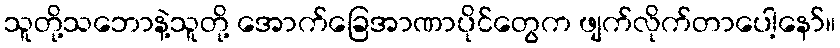
သူတို့သဘောနဲ့သူတို့ အောက်ခြေအာဏာပိုင်တွေက ဖျက်လိုက်တာပေါ့နော်။